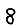
Digit: 8